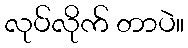
လုပ်လိုက် တာပဲ။